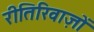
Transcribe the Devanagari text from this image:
रीतिरिवाज़ों